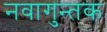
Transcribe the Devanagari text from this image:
नवागुन्तक